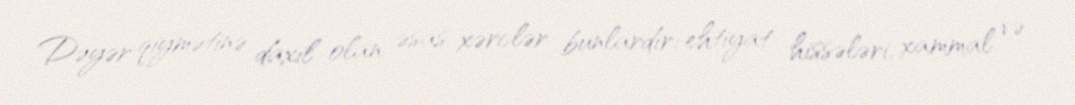
Dəyər qiymətinə daxil olan əsas xərclər bunlardır: ehtiyat hissələri, xammal və